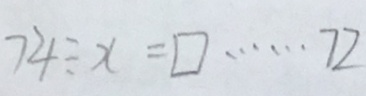
7 4 \div x = \square \cdots 7 2